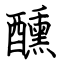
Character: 醺